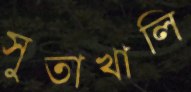
সুতাখালি